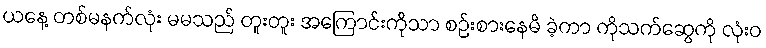
ယနေ့ တစ်မနက်လုံး မမသည် တူးတူး အကြောင်းကိုသာ စဉ်းစားနေမိ ခဲ့ကာ ကိုသက်ဆွေကို လုံးဝ